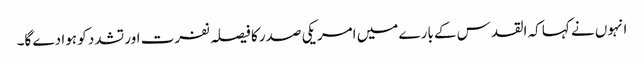
انہوں نے کہا کہ القدس کے بارے میں امریکی صدر کا فیصلہ نفرت اور تشدد کو ہوا دے گا۔